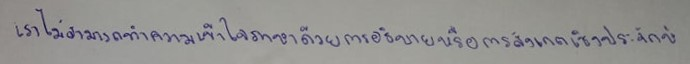
เราไม่สามารถทำความเข้าใจภาษาด้วยการอธิบายหรือการสังเกตเชิงประจักษ์